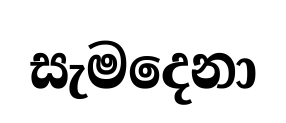
සැමදෙනා